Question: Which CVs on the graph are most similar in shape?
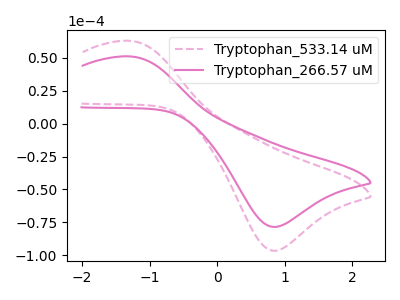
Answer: <think>The pink dashed curve "Tryptophan_533.14 uM" has an anodic peak at (-1.30V, 63.05uA) and a cathodic peak at (0.80V, -96.55uA). The pink curve "Tryptophan_266.57 uM" has an anodic peak at (-1.30V, 51.20uA) and a cathodic peak at (0.80V, -78.40uA).
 All the peaks in "Tryptophan_533.14 uM" have a peak in "Tryptophan_266.57 uM" at the same potential. Every peak in "Tryptophan_533.14 uM" is higher than every peak in "Tryptophan_266.57 uM".</think>
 <answer>"Tryptophan_266.57 uM" and "Tryptophan_533.14 uM" have the same shape and are likely CV's of the same chemical.</answer>
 <eval>"Tryptophan_266.57 uM" "Tryptophan_533.14 uM"</eval>